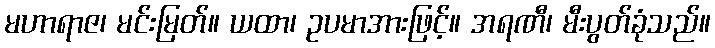
မဟာရာဇ၊ မင်းမြတ်။ ယထာ၊ ဥပမာအားဖြင့်။ အရဏီ၊ မီးပွတ်ခုံသည်။